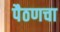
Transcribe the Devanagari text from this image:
पैठणचा